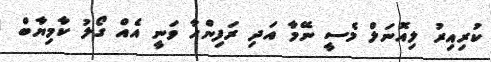
ކުރިއިރު ލިއޮނަލް މެސީ ނޭމާ އަދި ރަފިންހާ ވަނީ އެއް ގޯލު ކާމިޔާބް